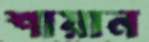
শায়ান